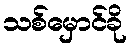
သစ်မှောင်ခို